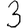
Digit: 3